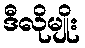
ဒီလိုမျိုး